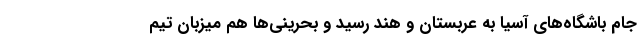
جام باشگاه‌های آسیا به عربستان و هند رسید و بحرینی‌ها هم میزبان تیم